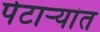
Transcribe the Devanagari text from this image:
पेटाऱ्यांत